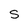
Character: S